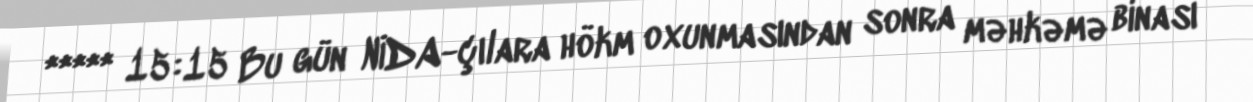
***** 15:15 Bu gün NİDA-çılara hökm oxunmasından sonra məhkəmə binası